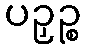
ပဉှဉ္စ